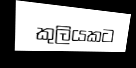
කුලියකට